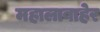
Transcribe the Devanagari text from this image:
महालाबाहेर